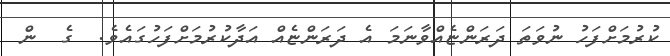
ކުރުމަށްފަހު ނުވަތަ ދަރަންޏެއްވާނަމަ އެ ދަރަންޏެއް އަދާކުރުމަށްފަހުގައެވެ.  ގެ  ން